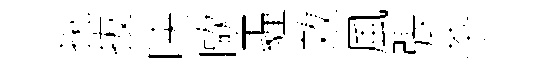
挑拔映歐霾效風張茶